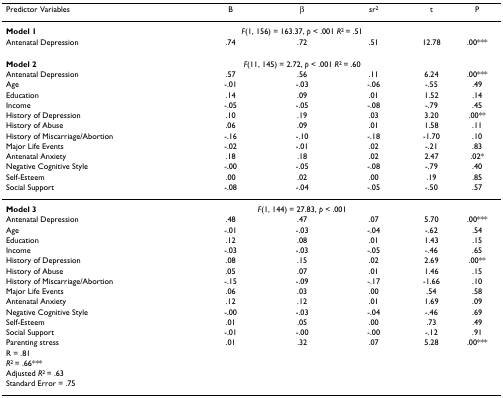
<table><thead><tr><td><b>Predictor Variables</b></td><td><b>B</b></td><td><b>β</b></td><td><b>sr<sup>2</sup></b></td><td><b>t</b></td><td><b>P</b></td></tr></thead><tbody><tr><td><b>Model 1</b></td><td colspan="3"><i>F</i>(1, 156) = 163.37, <i>p </i>&lt; .001 <i>R</i><sup>2 </sup>= .51</td><td></td><td></td></tr><tr><td>Antenatal Depression</td><td>.74</td><td>.72</td><td>.51</td><td>12.78</td><td>.00***</td></tr><tr><td><b>Model 2</b></td><td colspan="3"><i>F</i>(11, 145) = 2.72, <i>p </i>&lt; .001 <i>R</i><sup>2 </sup>= .60</td><td></td><td></td></tr><tr><td>Antenatal Depression</td><td>.57</td><td>.56</td><td>.11</td><td>6.24</td><td>.00***</td></tr><tr><td>Age</td><td>-.01</td><td>-.03</td><td>-.06</td><td>-.55</td><td>.49</td></tr><tr><td>Education</td><td>.14</td><td>.09</td><td>.01</td><td>1.52</td><td>.14</td></tr><tr><td>Income</td><td>-.05</td><td>-.05</td><td>-.08</td><td>-.79</td><td>.45</td></tr><tr><td>History of Depression</td><td>.10</td><td>.19</td><td>.03</td><td>3.20</td><td>.00**</td></tr><tr><td>History of Abuse</td><td>.06</td><td>.09</td><td>.01</td><td>1.58</td><td>.11</td></tr><tr><td>History of Miscarriage/Abortion</td><td>-.16</td><td>-.10</td><td>-.18</td><td>-1.70</td><td>.10</td></tr><tr><td>Major Life Events</td><td>-.02</td><td>-.01</td><td>.02</td><td>-.21</td><td>.83</td></tr><tr><td>Antenatal Anxiety</td><td>.18</td><td>.18</td><td>.02</td><td>2.47</td><td>.02*</td></tr><tr><td>Negative Cognitive Style</td><td>-.00</td><td>-.05</td><td>-.08</td><td>-.79</td><td>.40</td></tr><tr><td>Self-Esteem</td><td>.00</td><td>.02</td><td>.00</td><td>.19</td><td>.85</td></tr><tr><td>Social Support</td><td>-.08</td><td>-.04</td><td>-.05</td><td>-.50</td><td>.57</td></tr><tr><td><b>Model 3</b></td><td colspan="3"><i>F</i>(1, 144) = 27.83, <i>p </i>&lt; .001</td><td></td><td></td></tr><tr><td>Antenatal Depression</td><td>.48</td><td>.47</td><td>.07</td><td>5.70</td><td>.00***</td></tr><tr><td>Age</td><td>-.01</td><td>-.03</td><td>-.04</td><td>-.62</td><td>.54</td></tr><tr><td>Education</td><td>.12</td><td>.08</td><td>.01</td><td>1.43</td><td>.15</td></tr><tr><td>Income</td><td>-.03</td><td>-.03</td><td>-.05</td><td>-.46</td><td>.65</td></tr><tr><td>History of Depression</td><td>.08</td><td>.15</td><td>.02</td><td>2.69</td><td>.00**</td></tr><tr><td>History of Abuse</td><td>.05</td><td>.07</td><td>.01</td><td>1.46</td><td>.15</td></tr><tr><td>History of Miscarriage/Abortion</td><td>-.15</td><td>-.09</td><td>-.17</td><td>-1.66</td><td>.10</td></tr><tr><td>Major Life Events</td><td>.06</td><td>.03</td><td>.00</td><td>.54</td><td>.58</td></tr><tr><td>Antenatal Anxiety</td><td>.12</td><td>.12</td><td>.01</td><td>1.69</td><td>.09</td></tr><tr><td>Negative Cognitive Style</td><td>-.00</td><td>-.03</td><td>-.04</td><td>-.46</td><td>.69</td></tr><tr><td>Self-Esteem</td><td>.01</td><td>.05</td><td>.00</td><td>.73</td><td>.49</td></tr><tr><td>Social Support</td><td>-.01</td><td>-.00</td><td>-.00</td><td>-.12</td><td>.91</td></tr><tr><td>Parenting stress</td><td>.01</td><td>.32</td><td>.07</td><td>5.28</td><td>.00***</td></tr><tr><td>R = .81</td><td></td><td></td><td></td><td></td><td></td></tr><tr><td><i>R</i><sup>2 </sup>= .66***</td><td></td><td></td><td></td><td></td><td></td></tr><tr><td>Adjusted <i>R</i><sup>2 </sup>= .63</td><td></td><td></td><td></td><td></td><td></td></tr><tr><td>Standard Error = .75</td><td></td><td></td><td></td><td></td><td></td></tr></tbody></table>